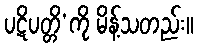
ပဋိပတ္တိ’ကို မိန့်သတည်း။